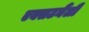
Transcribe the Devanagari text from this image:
एक्सटर्नैली